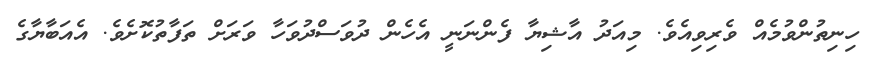
ހިނިތުންވުމެއް ވެރިވިއެވެ. މިއަދު އާޝިޔާ ފެންނަނީ އެހެން ދުވަސްދުވަހާ ވަރަށް ތަފާތުކޮށެވެ. އެއަބާޔާގެ